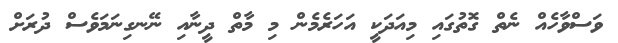
ވަސްވާހެއް ނެތް ގޮތުގައި މިއަދަކީ އަހަރެމެން މި މާތް ދީނާއި ނޭނގިނަމަވެސް ދުރަށް